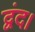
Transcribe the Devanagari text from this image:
द्वंद।